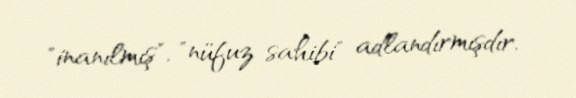
"inanılmış", "nüfuz sahibi" adlandırmışdır.